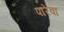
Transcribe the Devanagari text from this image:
पारेवा